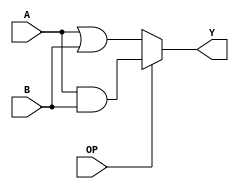
module logical(A, B, OP, Y); // add all inputs and outputs inside parentheses
  // inputs
	input [7:0] A; 
	input [7:0] B; 
	input OP;  
  // outputs
	output [7:0] Y;
  
  // reg and internal variable definitions
   //assign Y[0]=OP?(A[0]&B[0]):(A[0]|B[0]);
   //assign Y[1]=OP?(A[1]&B[1]):(A[1]|B[1]);
   //assign Y[2]=OP?(A[2]&B[2]):(A[2]|B[2]);
   //assign Y[3]=OP?(A[3]&B[3]):(A[3]|B[3]);
   //assign Y[4]=OP?(A[4]&B[4]):(A[4]|B[4]);
   //assign Y[5]=OP?(A[5]&B[5]):(A[5]|B[5]);
   //assign Y[6]=OP?(A[6]&B[6]):(A[6]|B[6]);
   //assign Y[7]=OP?(A[7]&B[7]):(A[7]|B[7]);
  
  assign Y=OP?(A&B):(A|B);
  

  // implement module here


endmodule